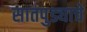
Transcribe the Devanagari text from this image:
सातपुड्याचे